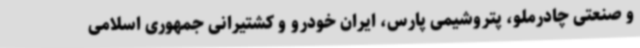
و صنعتی چادرملو، پتروشیمی پارس، ایران خودرو و کشتیرانی جمهوری اسلامی